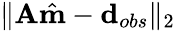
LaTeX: \Vert\mathbf{A}\hat{\mathbf{m}}-\mathbf{d}_{obs}\Vert_{2}